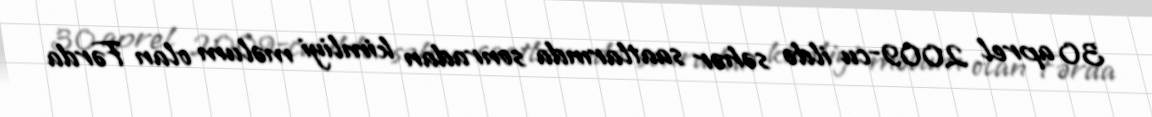
30 aprel 2009-cu ildə səhər saatlarında sonradan kimliyi məlum olan Fərda